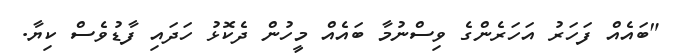
"ބައެއް ފަހަރު އަހަރެންގެ ވިސްނުމާ ބައެއް މީހުން ދެކޮޅު ހަދައި ފާޑުވެސް ކިޔާ.